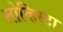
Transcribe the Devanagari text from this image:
लोव्हिस्टा